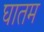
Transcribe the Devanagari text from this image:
घातम